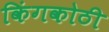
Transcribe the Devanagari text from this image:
किंगकोठी